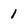
Character: 1